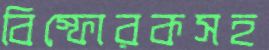
বিস্ফোরকসহ